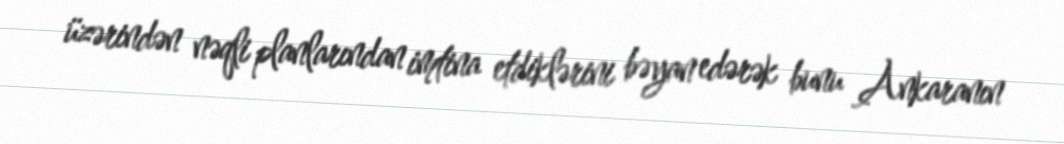
üzərindən nəqli planlarından imtina etdiklərini bəyan edərək bunu Ankaranın